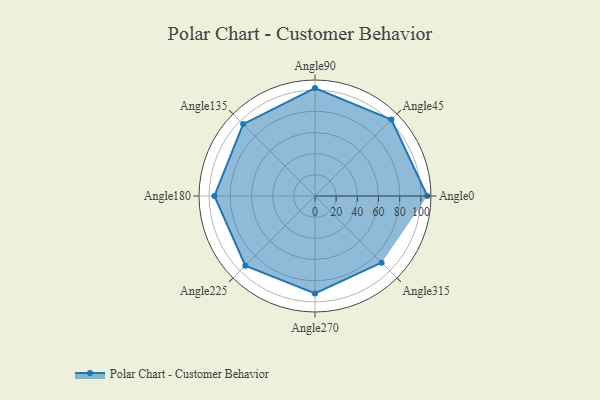
{"axis": {"x": "Angle", "y": "Radius"}, "legend": [""], "data": [{"x": "Angle0", "y": 106.0, "type": ""}, {"x": "Angle45", "y": 102.0, "type": ""}, {"x": "Angle90", "y": 102.0, "type": ""}, {"x": "Angle135", "y": 96.0, "type": ""}, {"x": "Angle180", "y": 95.0, "type": ""}, {"x": "Angle225", "y": 93.0, "type": ""}, {"x": "Angle270", "y": 92.0, "type": ""}, {"x": "Angle315", "y": 89.0, "type": ""}]}